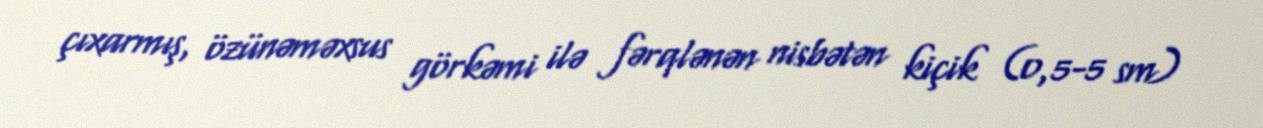
çıxarmış, özünəməxsus görkəmi ilə fərqlənən nisbətən kiçik (0,5-5 sm)